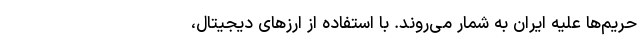
حریم‌ها علیه ایران به شمار می‌روند. با استفاده از ارز‌های دیجیتال،